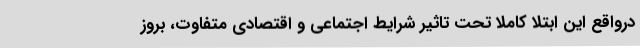
درواقع این ابتلا کاملا تحت تاثیر شرایط اجتماعی و اقتصادی متفاوت، بروز